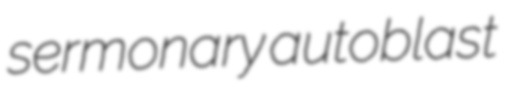
sermonary autoblast